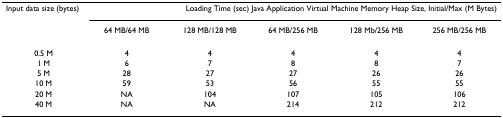
<table><thead><tr><td><b>Input data size (bytes)</b></td><td colspan="5"><b>Loading Time (sec) Java Application Virtual Machine Memory Heap Size, Initial/Max (M Bytes)</b></td></tr><tr><td></td><td><b>64 MB/64 MB</b></td><td><b>128 MB/128 MB</b></td><td><b>64 MB/256 MB</b></td><td><b>128 Mb/256 MB</b></td><td><b>256 MB/256 MB</b></td></tr></thead><tbody><tr><td>0.5 M</td><td>4</td><td>4</td><td>4</td><td>4</td><td>4</td></tr><tr><td>1 M</td><td>6</td><td>7</td><td>8</td><td>8</td><td>7</td></tr><tr><td>5 M</td><td>28</td><td>27</td><td>27</td><td>26</td><td>26</td></tr><tr><td>10 M</td><td>59</td><td>53</td><td>56</td><td>55</td><td>55</td></tr><tr><td>20 M</td><td>NA</td><td>104</td><td>107</td><td>105</td><td>106</td></tr><tr><td>40 M</td><td>NA</td><td>NA</td><td>214</td><td>212</td><td>212</td></tr></tbody></table>